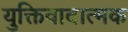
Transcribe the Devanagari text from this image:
युक्तिवादात्मक